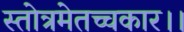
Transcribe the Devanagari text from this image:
स्तोत्रमेतच्चकार।।